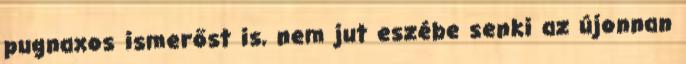
pugnaxos ismerőst is, nem jut eszébe senki az újonnan